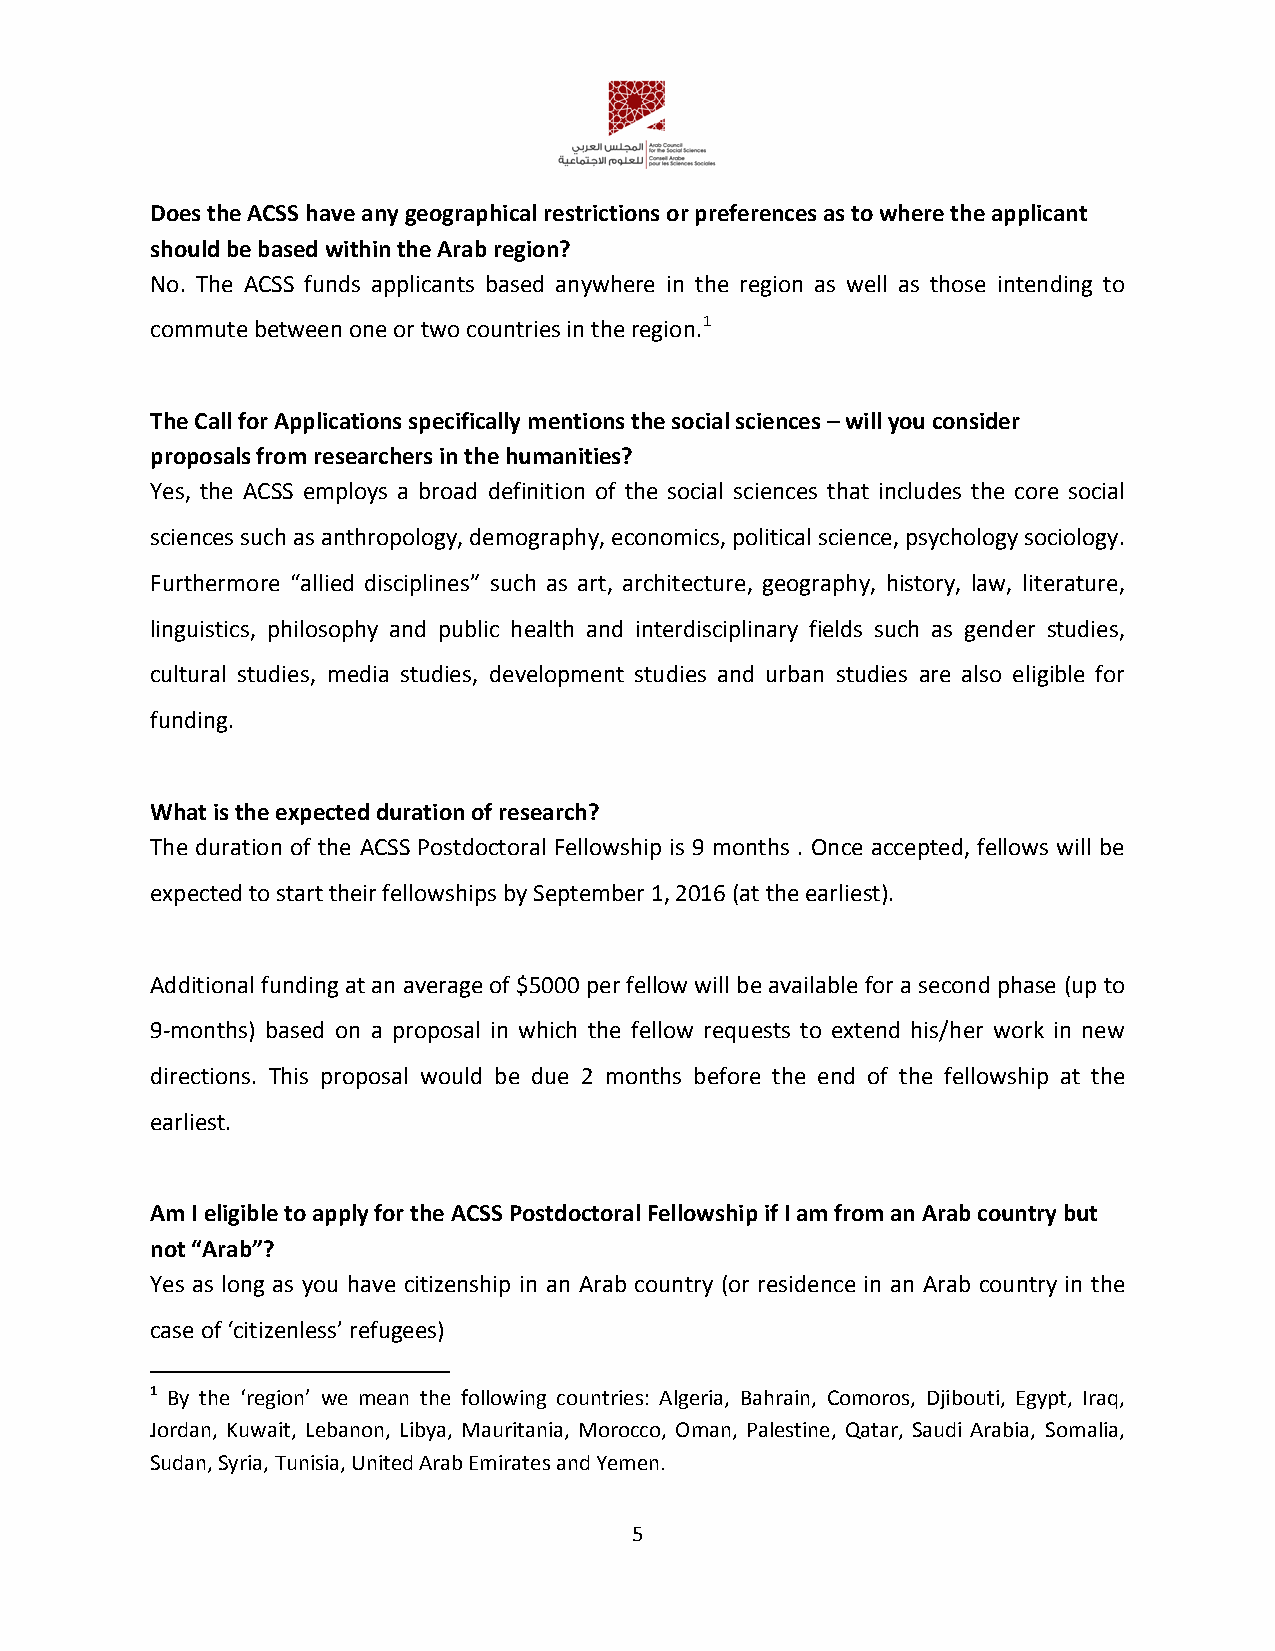
Does the ACSS have any geographical restrictions or preferences as to where the applicant
 should be based within the Arab region?
 No. The ACSS funds applicants based anywhere in the region as well as those intending to
 commute between one or two countries in the region.1
 The Call for Applications specifically mentions the social sciences – will you consider
 proposals from researchers in the humanities?
 Yes, the ACSS employs a broad definition of the social sciences that includes the core social
 sciences such as anthropology, demography, economics, political science, psychology sociology.
 Furthermore “allied disciplines” such as art, architecture, geography, history, law, literature,
 linguistics, philosophy and public health and interdisciplinary fields such as gender studies,
 cultural studies, media studies, development studies and urban studies are also eligible for
 funding.
 What is the expected duration of research?
 The duration of the ACSS Postdoctoral Fellowship is 9 months . Once accepted, fellows will be
 expected to start their fellowships by September 1, 2016 (at the earliest).
 Additional funding at an average of $5000 per fellow will be available for a second phase (up to
 9-months) based on a proposal in which the fellow requests to extend his/her work in new
 directions. This proposal would be due 2 months before the end of the fellowship at the
 earliest.
 Am I eligible to apply for the ACSS Postdoctoral Fellowship if I am from an Arab country but
 not “Arab”?
 Yes as long as you have citizenship in an Arab country (or residence in an Arab country in the
 case of ‘citizenless’ refugees)
 1 By the ‘region’ we mean the following countries: Algeria, Bahrain, Comoros, Djibouti, Egypt, Iraq,
 Jordan, Kuwait, Lebanon, Libya, Mauritania, Morocco, Oman, Palestine, Qatar, Saudi Arabia, Somalia,
 Sudan, Syria, Tunisia, United Arab Emirates and Yemen.
 5